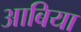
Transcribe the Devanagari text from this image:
आबिया